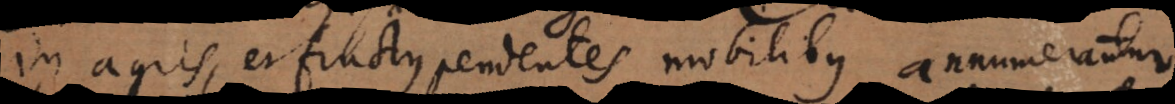
in agris, et fructus pendentes [im]mobilibus annumerantur